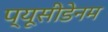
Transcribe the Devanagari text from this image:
प्यूसीडेनम